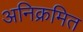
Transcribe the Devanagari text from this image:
अनिक्रमित